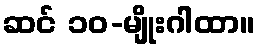
ဆင် ၁၀-မျိုးဂါထာ။